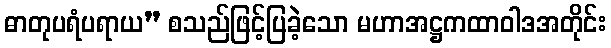
ဓာတုပရံပရာယ” စသည်ဖြင့်ပြခဲ့သော မဟာအဋ္ဌကထာဝါဒအတိုင်း